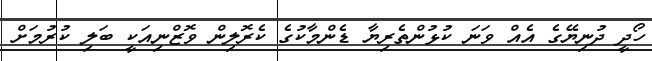
ހޯދީ ދުނިޔޭގެ އެއް ވަނަ ކުޅުންތެރިޔާ ޑެންމާކުގެ ކެރޮލިން ވޮޒްނިއަކީ ބަލި ކުރުމަށް